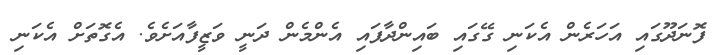
ފޮނަދޫގައި އަހަރެން އެކަނި ގޭގައި ބައިންދާފައި އެންމެން ދަނީ ވަޒީފާއަށެވެ. އެގޮތަށް އެކަނި